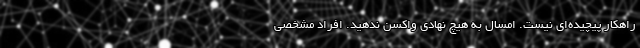
راهکار پیچیده‌ای نیست. امسال به هیچ نهادی واکسن ندهید. افراد مشخصی